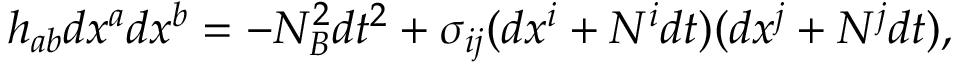
h _ { a b } d x ^ { a } d x ^ { b } = - N _ { \cal B } ^ { 2 } d t ^ { 2 } + \sigma _ { i j } ( d x ^ { i } + N ^ { i } d t ) ( d x ^ { j } + N ^ { j } d t ) ,